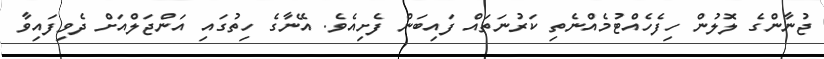
ޖުނާންގެ ލޮލުން ހިފެހެއްޓުމެއްނެތި ކަރުނަތައް ފައިބަން ފެށިއެވެ. އޭނާގެ ހިތުގައި އަންޖަލްއަށް ދެވިފައިވާ